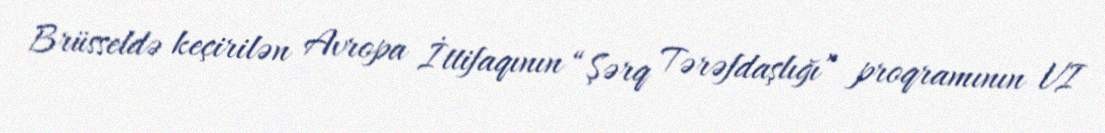
Brüsseldə keçirilən Avropa İttifaqının “Şərq Tərəfdaşlığı” proqramının VI